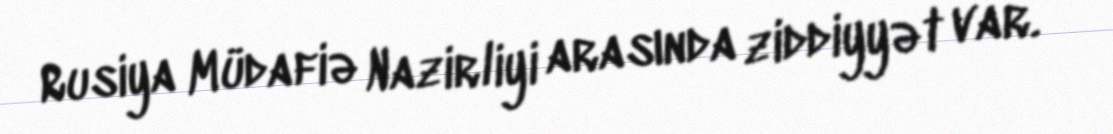
Rusiya Müdafiə Nazirliyi arasında ziddiyyət var.